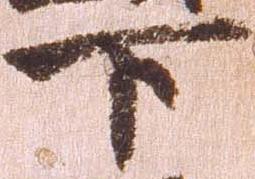
下